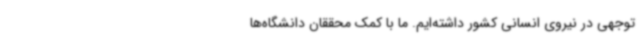
توجهی در نیروی انسانی کشور داشته‌ایم. ما با کمک محققان دانشگاه‌ها